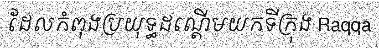
ដែលកំពុងប្រយុទ្ធដណ្តើមយកទីក្រុង Raqqa